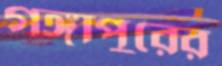
গঙ্গাপুরের